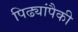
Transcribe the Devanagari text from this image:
पिढ्यांपैकी